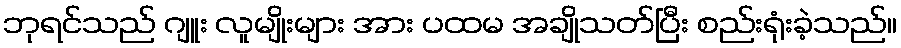
ဘုရင်သည် ဂျူး လူမျိုးများ အား ပထမ အချိုသတ်ပြီး စည်းရုံးခဲ့သည်။